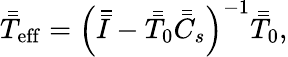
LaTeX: \bar{\bar{T}}_{\mathrm{eff}}=\left(\bar{\bar{I}}-\bar{\bar{T}}_{0}\bar{\bar{C}}_{s}\right)^{-1}\bar{\bar{T}}_{0},